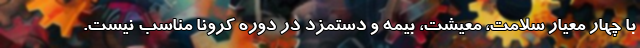
با چهار معیار سلامت، معیشت، بیمه و دستمزد در دوره کرونا مناسب نیست.